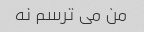
من می ترسم نه